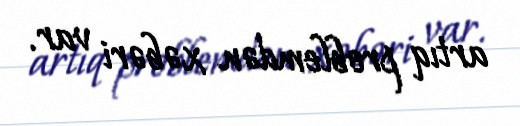
artıq problemdən xəbəri var.